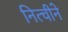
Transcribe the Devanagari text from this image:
नित्चीने